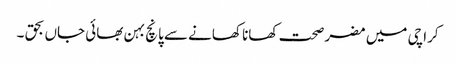
کراچی میں مضر صحت کھانا کھانے سے پانچ بہن بھائی جاں بحق ۔